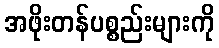
အဖိုးတန်ပစ္စည်းများကို